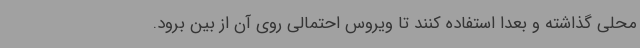
محلی گذاشته و بعدا استفاده کنند تا ویروس احتمالی روی آن از بین برود.